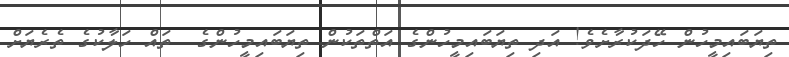
ތިޔަބައިމީހުން ހޭދަކުރާށެވެ! އަދި ތިޔަބައިމީހުންގެ އަތްތަކުން ތިޔަބައިމީހުންގެ  ތައް ހަލާކުގެ ތެރެޔަށް